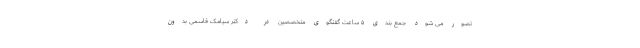
تصور می شود جمع بندی ۵ ساعت گفتگوی متخصصین در دکتر سیامک قاسمی بدون